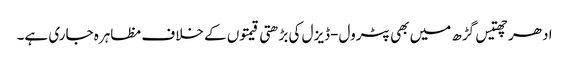
ادھر چھتیس گڑھ میں بھی پٹرول-ڈیزل کی بڑھتی قیمتوں کے خلاف مظاہرہ جاری ہے۔